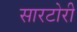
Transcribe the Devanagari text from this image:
सारटोरी